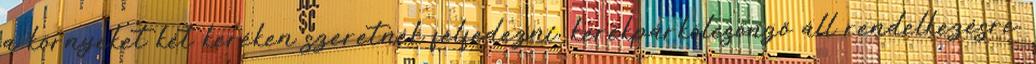
a környéket két keréken szeretnék felfedezni, kerékpárkölcsönző áll rendelkezésre.